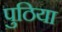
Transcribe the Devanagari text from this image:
पुठिया